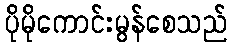
ပိုမိုကောင်းမွန်စေသည်